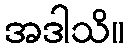
အဒါသိ။